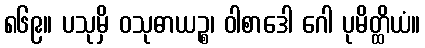
၈၆၉။ ပသုမှိ ဝသုဓာယဉ္စ၊ ဝါစာဒေါ ဂေါ ပုမိတ္ထိယံ။